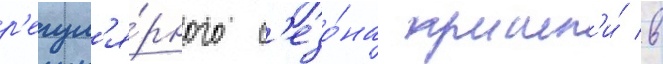
р'егул'я́рного с'езо́на прошл'и́ в